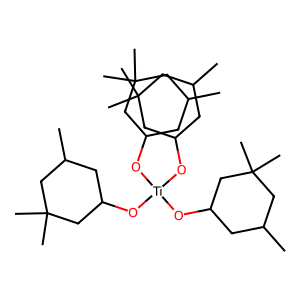
SMILES: CC1CC(O[Ti](OC2CC(C)CC(C)(C)C2)(OC2CC(C)CC(C)(C)C2)OC2CC(C)CC(C)(C)C2)CC(C)(C)C1
Inhibits HIV replication: No